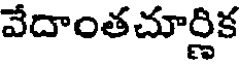
వేదాంతచూర్ణిక